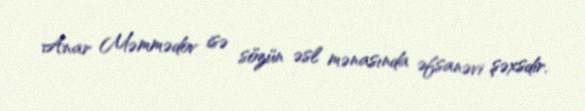
Anar Məmmədov isə sözün əsl mənasında əfsanəvi şəxsdir.